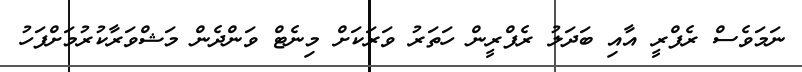
ނަމަވެސް ރެފްރީ އާއި ބަދަލު ރެފްރީން ހަތަރު ވަރަކަށް މިނެޓް ވަންދެން މަޝްވަރާކުރުމަށްފަހު